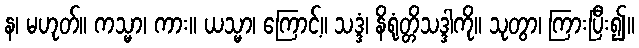
န၊ မဟုတ်။ ကသ္မာ၊ ကား။ ယသ္မာ၊ ကြောင့်။ သဒ္ဒံ၊ နိရုံတ္တိသဒ္ဒါကို။ သုတွာ၊ ကြားပြီး၍။